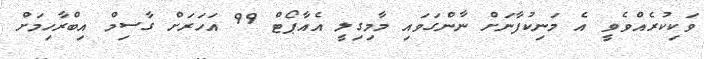
ވަކިކުރެއްވެވީ އެ މަނިކުފާނަށް ނާންގަވައި މާމިގިލީ އެއާޕޯޓް 99 އަހަރަށް ގާސިމް އިބްރާހިމަށް